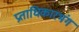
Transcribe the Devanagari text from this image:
प्रताधिकारभंग